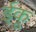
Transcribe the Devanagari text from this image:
ईकू